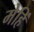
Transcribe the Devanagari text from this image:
मेहिं